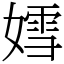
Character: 𡠭